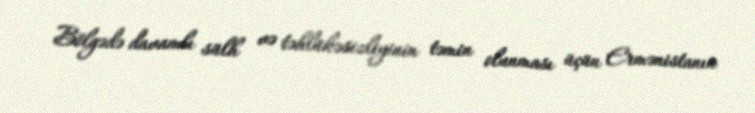
Bölgədə davamlı sülh və təhlükəsizliyinin təmin olunması üçün Ermənistanın